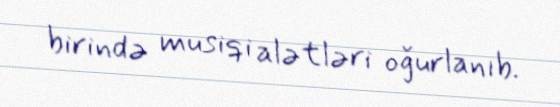
birində musiqi alətləri oğurlanıb.